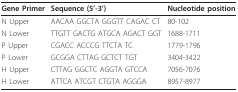
<table><thead><tr><td><b>Gene Primer</b></td><td><b>Sequence (5'-3')</b></td><td><b>Nucleotide position</b></td></tr></thead><tbody><tr><td>N Upper</td><td>AACAA GGCTA GGGTT CAGAC CT</td><td>80-102</td></tr><tr><td>N Lower</td><td>TTGTT GACTG ATGCA AGACT GGT</td><td>1688-1711</td></tr><tr><td>P Upper</td><td>CGACC ACCCG TTCTA TC</td><td>1779-1796</td></tr><tr><td>P Lower</td><td>GCGGA CTTAG GCTCT TGT</td><td>3404-3422</td></tr><tr><td>H Upper</td><td>CTTAG GGCTC AGGTA GTCCA</td><td>7056-7076</td></tr><tr><td>H Lower</td><td>ATTCA ATCGT CTGTA AGGGA</td><td>8957-8977</td></tr></tbody></table>